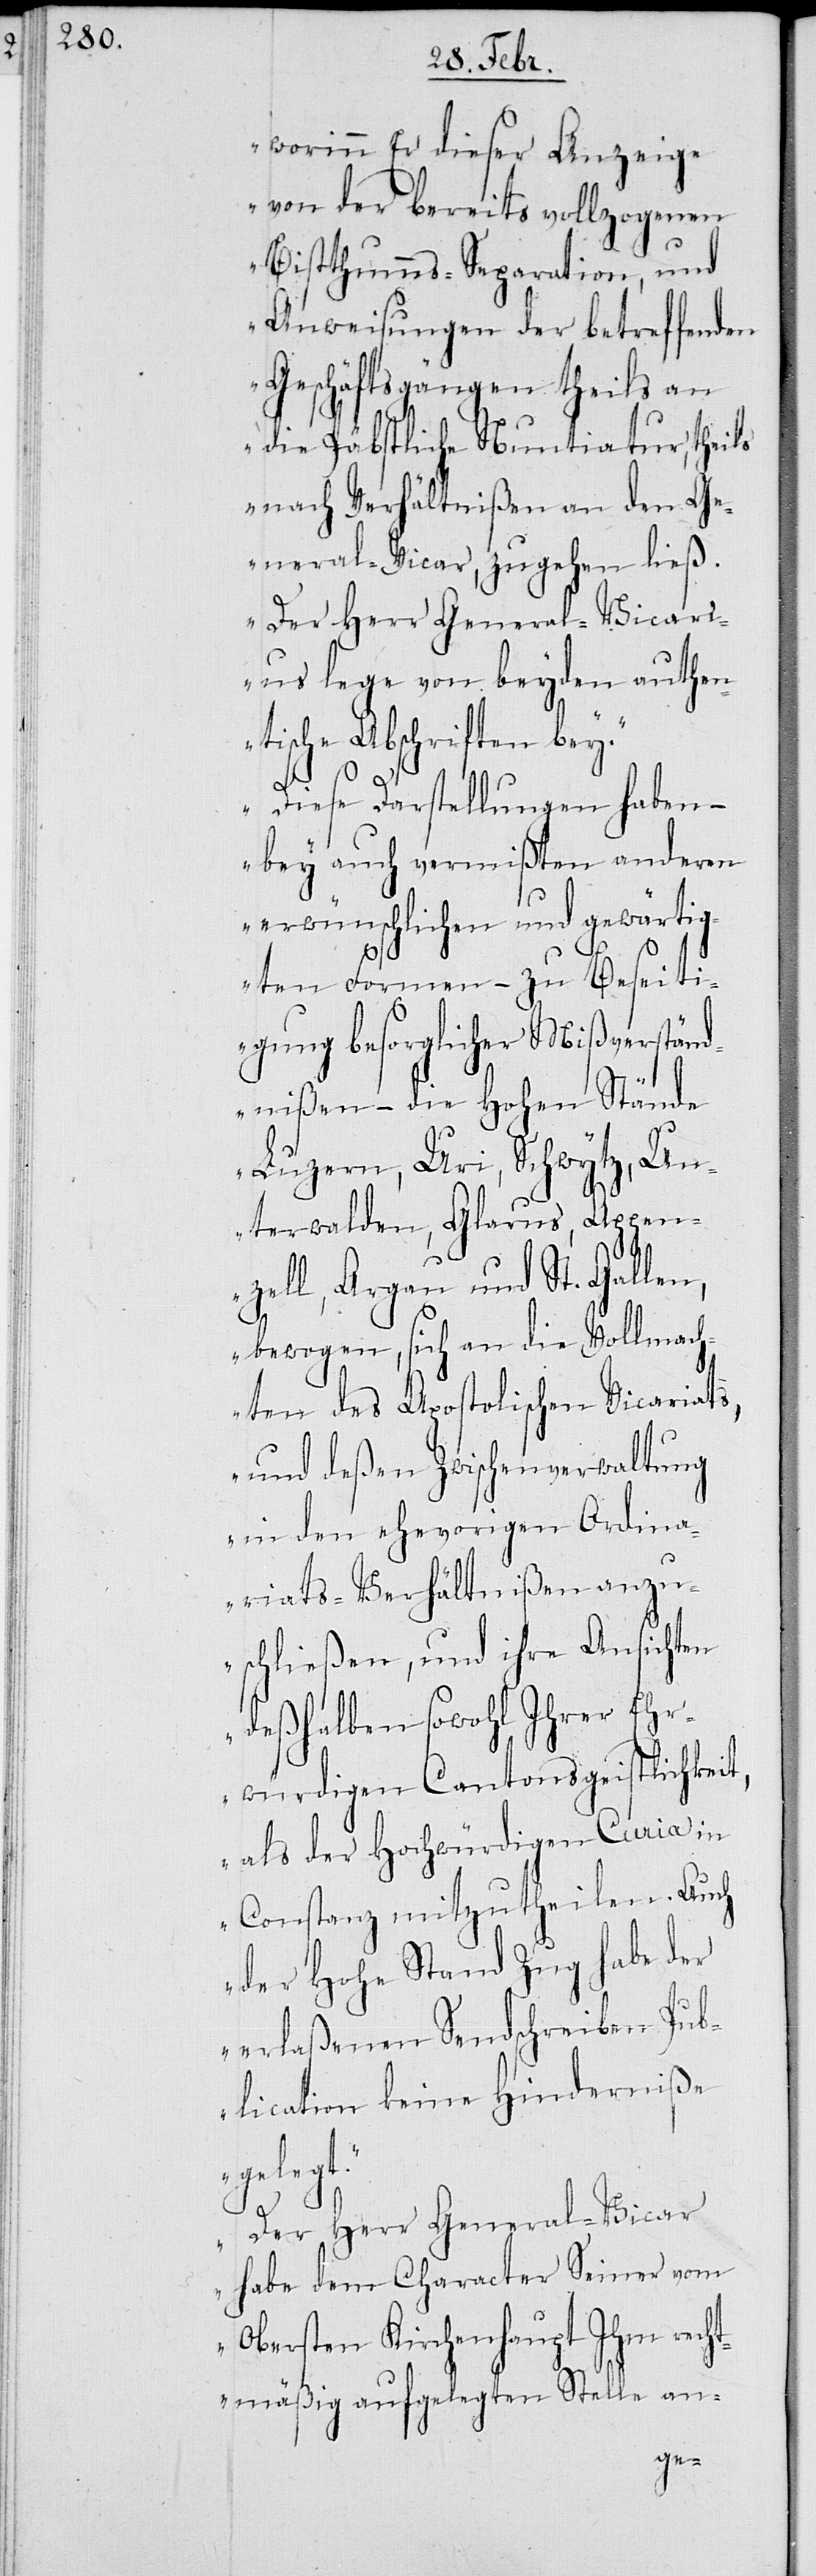
worinn Er dieser Anzeige
von der bereits vollzogenen
Bisthumms-Separation, und
Anweisungen der betreffenden
Geschäftsgängen theils an
die Päbstliche Nuntiatur, theils
nach Verhältnißen an den Ge¬
neral-Vicar, zugehen ließ.
Der Herr General-Vicari¬
us lege von beyden authen¬
tische Abschriften bey.
Diese Darstellungen haben –
bey auch vermißten anderen
erwünschlichen und gewärtig¬
ten Formen – zu Beseiti¬
gung besorglicher Mißverständ¬
nißen – die Hohen Stände
Luzern, Uri, Schwytz, Un¬
terwalden, Glarus, Appen¬
zell, Argau und St. Gallen,
bewogen, sich an die Vollmach¬
ten des Apostolischen Vicariats,
und deßen Zwischenverwaltung
in den ehevorigen Ordina¬
riats-Verhältnißen anzu¬
schließen, und ihre Ansichten
deßelben sowohl Ihrer Ehr¬
würdigen Cantonsgeistlichkeit,
als der Hochwürdigen Curia in
Constanz mitzutheilen. Auch
der Hohe Stand Zug habe der
erlaßenenen Sendschreiben Pub¬
lication keine Hinderniße
gelegt.
Der Herr General-Vicar
habe dem Character Seiner vom
Obersten Kirchenhaupt Ihm recht¬
mäßig aufgelegten Stelle an-